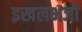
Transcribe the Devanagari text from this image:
इखलभजी